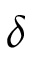
\delta